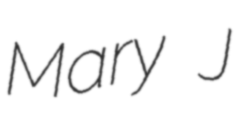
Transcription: Mary J